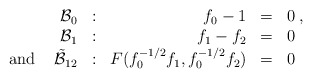
\begin{align*}\begin{array}{rrrll}{\cal B}_{0}&:&f_{0}-1&=&0\;,\\{\cal B}_{1}&:&f_{1}-f_{2}&=&0\\\mbox{ and }\;\;\;\tilde{\cal B}_{12}&:&F(f_{0}^{-1/2}f_{1},f_{0}^{-1/2}f_{2})&=&0\end{array}\end{align*}